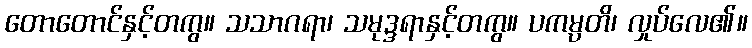
တောတောင်နှင့်တကွ။ သသာဂရာ၊ သမုဒ္ဒရာနှင့်တကွ။ ပကမ္ပတိ၊ လှုပ်လေ၏။